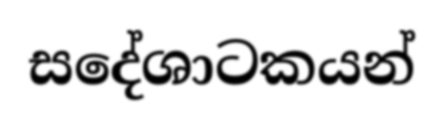
සදේශාටකයන්